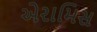
એરામિસ